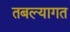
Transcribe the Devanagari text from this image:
तबल्यागत